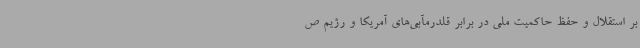
بر استقلال و حفظ حاکمیت ملی در برابر قلدرمآبی‌های آمریکا و رژیم ص